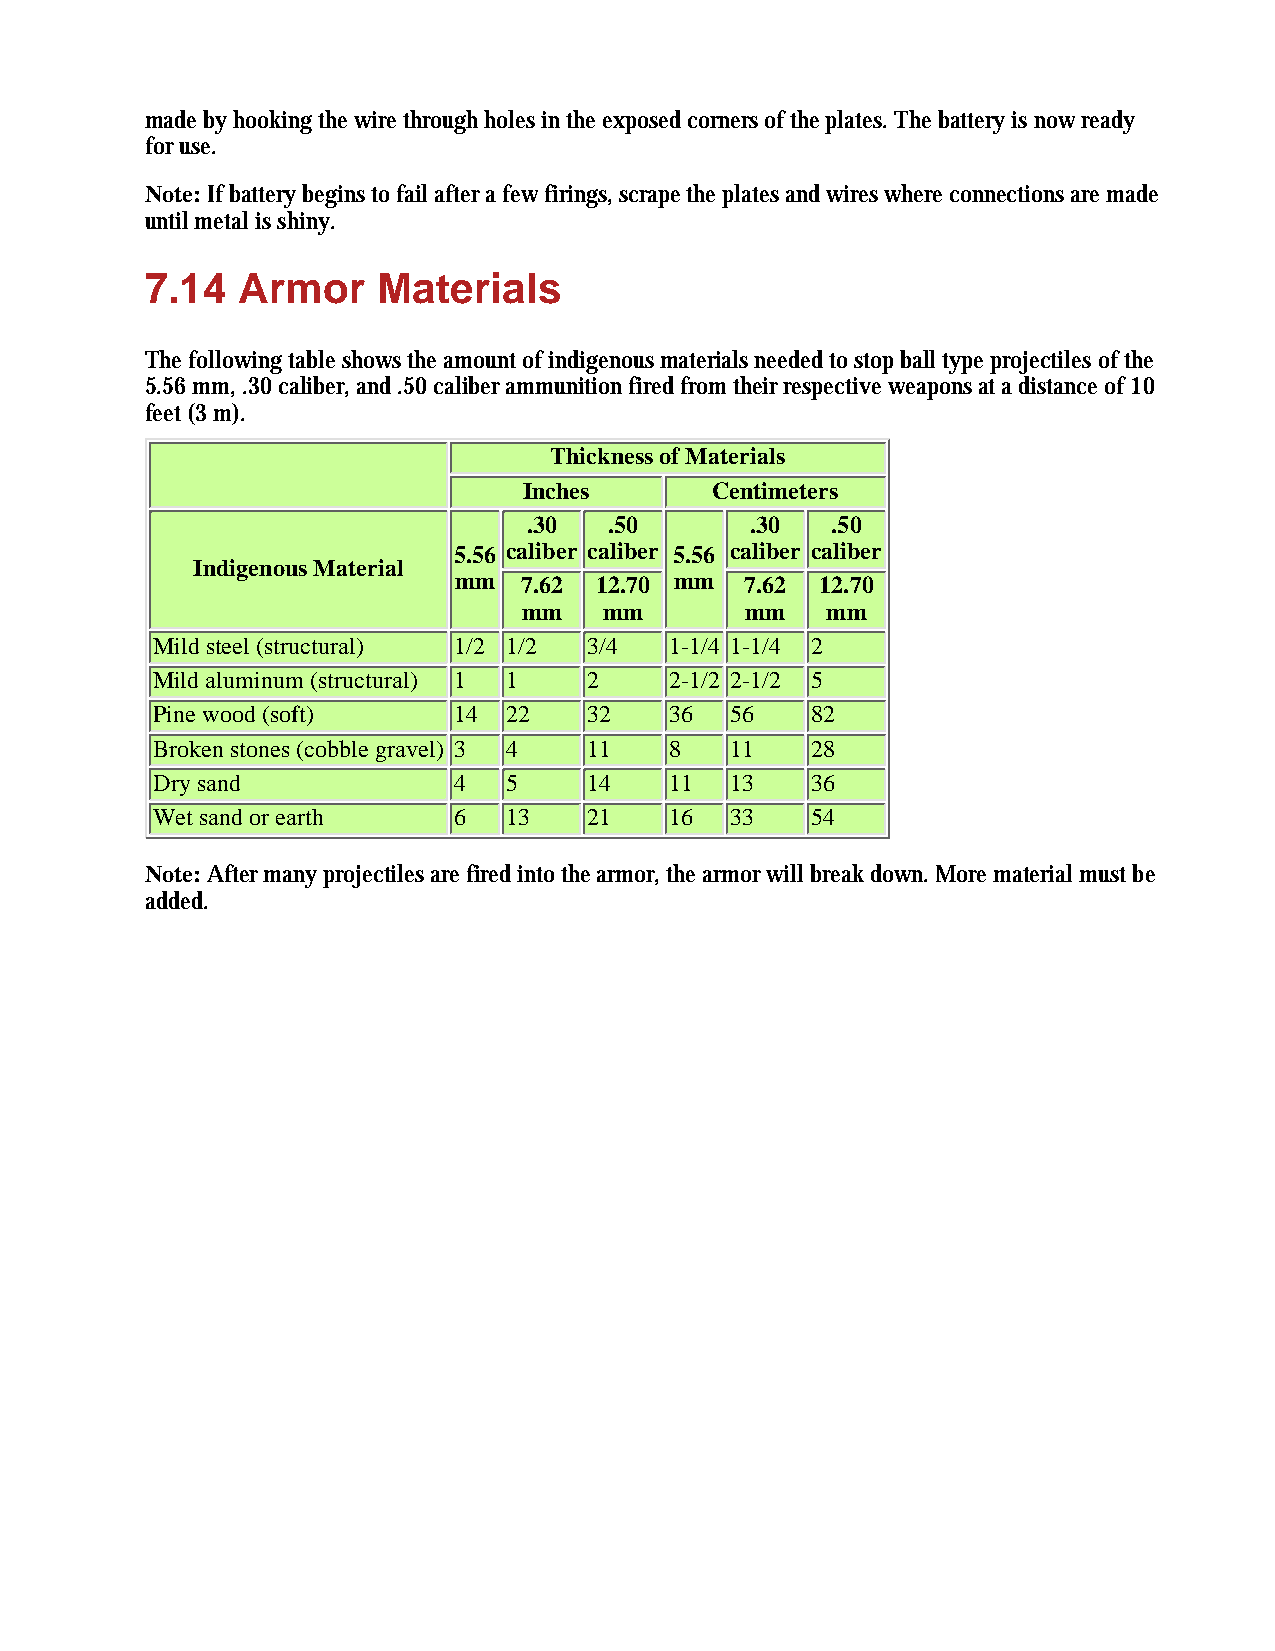
made by hooking the wire through holes in the exposed corners of the plates. The battery is now ready
 for use.
 Note: If battery begins to fail after a few firings, scrape the plates and wires where connections are made
 until metal is shiny.
 7.14  Armor    Materials
 The following table shows the amount of indigenous materials needed to stop ball type projectiles of the
 5.56 mm, .30 caliber, and .50 caliber ammunition fired from their respective weapons at a distance of 10
 feet (3 m).
 Thickness of Materials
 Inches      Centimeters
 .30  .50       .30  .50
 5.56 caliber caliber 5.56 caliber caliber
 Indigenous Material
 mm  7.62 12.70 mm  7.62 12.70
 mm   mm       mm    mm
 Mild steel (structural) 1/2 1/2 3/4 1-1/4 1-1/4 2
 Mild aluminum (structural) 1 1 2  2-1/2 2-1/2 5
 Pine wood (soft)    14  22   32   36  56    82
 Broken stones (cobble gravel) 3 4 11 8 11   28
 Dry sand            4   5    14   11  13    36
 Wet sand or earth   6   13   21   16  33    54
 Note: After many projectiles are fired into the armor, the armor will break down. More material must be
 added.